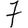
Digit: 7